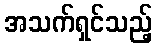
အသက်ရှင်သည့်